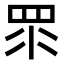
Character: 眔